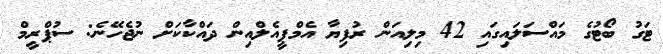
ޓަގު ބޯޓުގެ މައްސަލައިގައި 42 މިލިއަން ރުފިޔާ އެމްޕީއެލްއިން ދައްކާކަށް ނުޖެހޭނެ: ސުޕްރީމް